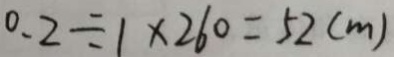
0 . 2 \div 1 \times 2 6 0 = 5 2 ( m )